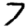
Digit: 7